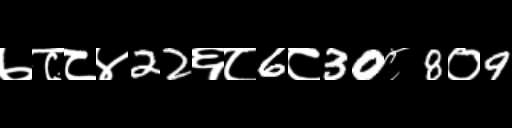
Text: ७८८४22६८6८30८8०9